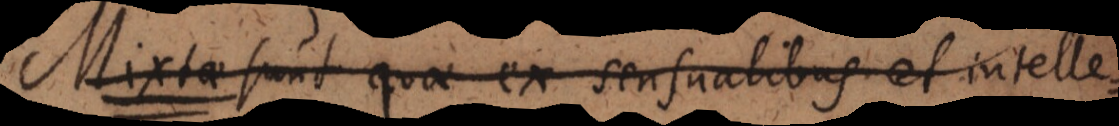
Mixtae sunt quae ex sensualibus et intelle